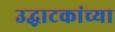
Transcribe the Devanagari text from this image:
उद्घाटकांच्या